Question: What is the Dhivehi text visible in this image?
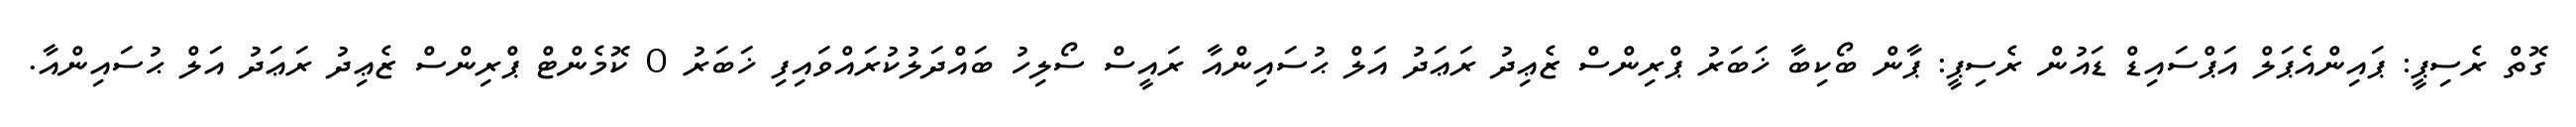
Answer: ގޮތް ރެސިޕީ: ޕައިންއެޕަލް އަޕްސައިޑް ޑައުން ރެސިޕީ: ޕާން ބޯކިބާ ޚަބަރު ޕްރިންސް ޒެޢިދު ރަޢަދު އަލް ޙުސައިންއާ ރައީސް ސޯލިހު ބައްދަލުކުރައްވައިފި ޚަބަރު 0 ކޮމެންޓް ޕްރިންސް ޒެޢިދު ރަޢަދު އަލް ޙުސައިންއާ.